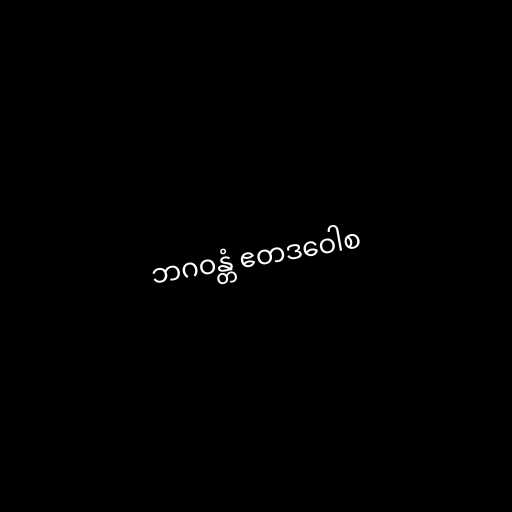
ဘဂဝန္တံ ဧတဒဝေါစ